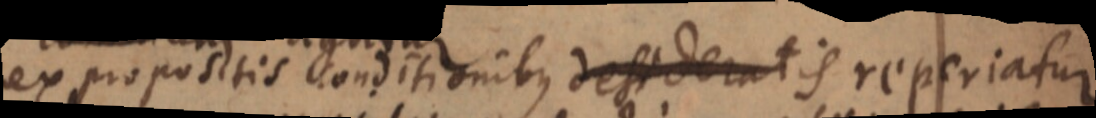
ex propositis conditionibus desideratis reperiatur